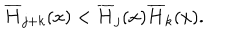
LaTeX: \overline { { { H } } } _ { j + k } ( x ) < \overline { { { H } } } _ { j } ( x ) \overline { { { H } } } _ { k } ( x ) .